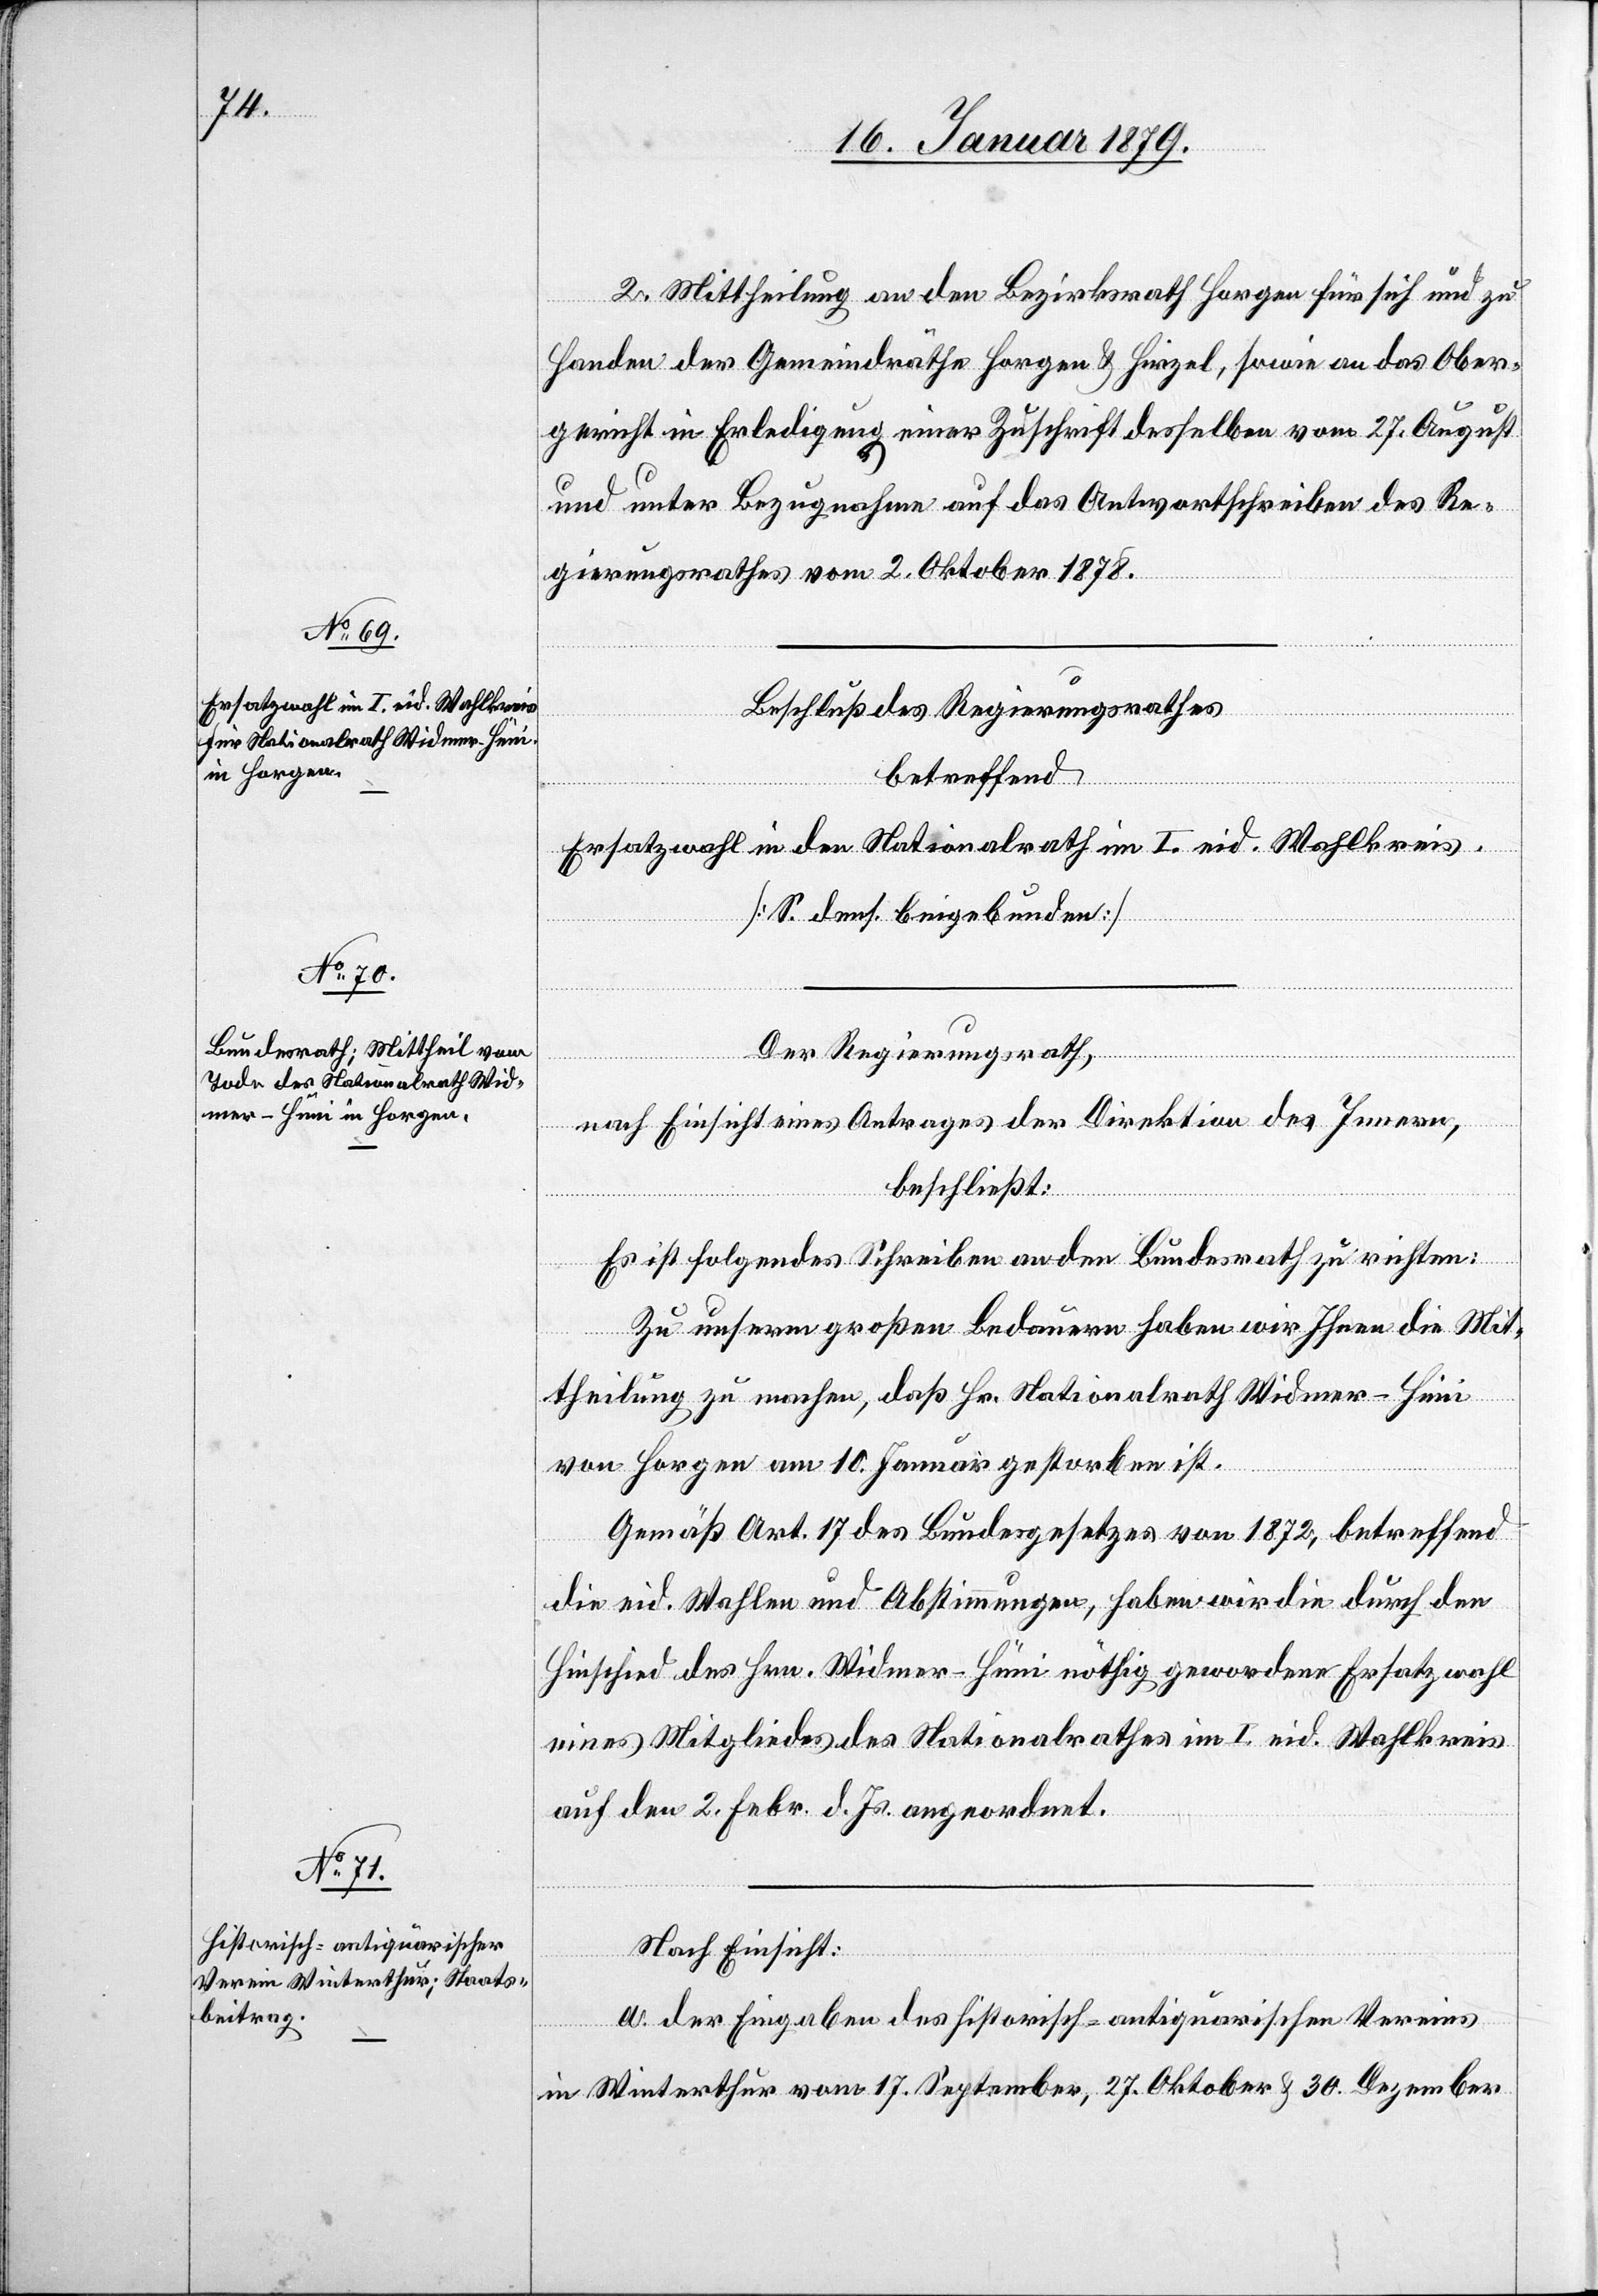
2. Mittheilung an den Bezirksrath Horgen für sich und zu
Handen der Gemeindräthe Horgen & Hirzel, sowie an das Ober¬
gericht in Erledigung einer Zuschrift desselben vom 27. August
und unter Bezugnahme auf das Antwortschreiben des Re¬
gierungsrathes vom 2. Oktober 1878.
Beschluß des Regierungsrathes
betreffend
Ersatzwahl in den Nationalrath im I. eid. Wahlkreis.
[S. dens. beigebunden]
Der Regierungsrath,
nach Einsicht eines Antrages der Direktion des Innern,
beschließt:
Es ist folgendes Schreiben an den Bundesrath zu richten:
den
Zu unserm großen Bedauern haben wir Ihnen die Mit¬
auf
theilung zu machen, daß Hr. Nationalrath Widmer-Hüni
von Horgen am 10. Januar gestorben ist.
Gemäß Art. 17 des Bundesgesetzes von 1872, betreffend
dnet.
die eid. Wahlen und Abstimmungen, haben wir die durch den
Hinschied des Hrn. Widmer-Hüni nöthig gewordene Ersatzwahl
eines Mitgliedes des Nationalrathes im I. eid. Wahlkreis
Nach Einsicht:
2.
a. der Eingaben des historisch-antiquarischen Vereins
in Winterthur vom 17. September, 27. Oktober & 30. Dezember